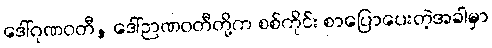
ဒေါ်ဂုဏဝတီ, ဒေါ်ဉာဏဝတီတို့က စစ်ကိုင်း စာပြောပေးတဲ့အခါမှာ